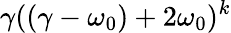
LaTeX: \gamma((\gamma-\omega_{0})+2\omega_{0})^{k}